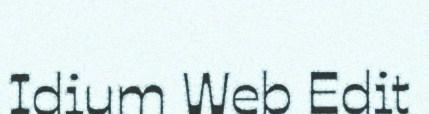
Idium Web Edit